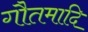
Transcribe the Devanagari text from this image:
गौतमादि